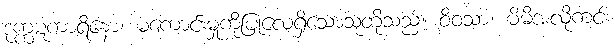
ဒုက္ကဋကာရိနော၊ မကောင်းမှုကိုပြုလေ့ရှိသောသူတို့သည်။ ဝိဝသာ၊ မိမိအလိုကင်း